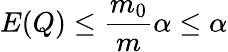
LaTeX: E(Q)\leq{\frac{m_{0}}{m}}\alpha\leq\alpha